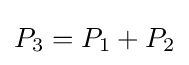
P_{3}=P_{1}+P_{2}